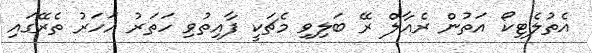
އެތުލެޓިކޯ އަތުން ރެއާލް ރޭ ބަލިވި މެޗަކީ ފާއިތުވި ހަތަރު އަހަރު ތެރޭގައި